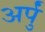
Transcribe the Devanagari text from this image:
अर्पुं